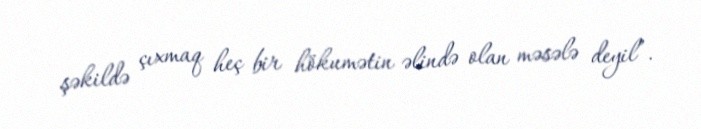
şəkildə çıxmaq heç bir hökumətin əlində olan məsələ deyil”.